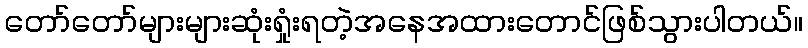
တော်တော်များများဆုံးရှုံးရတဲ့အနေအထားတောင်ဖြစ်သွားပါတယ်။